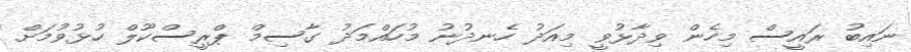
ނައިބު ރައީސް މިހެން ވިދާޅުވީ މިއަދު ހެނދުނު މުހައްމަދު ގާސިމް ޕްރީސްކޫލް ހުޅުވުމަށް